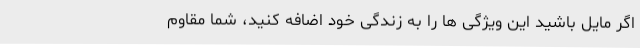
اگر مایل باشید این ویژگی ها را به زندگی خود اضافه کنید، شما مقاوم